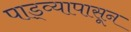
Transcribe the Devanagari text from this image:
पाड्व्यापासून